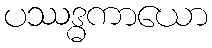
ပဿဒ္ဓကာယော